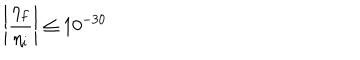
\left| \frac { \eta _ { f } } { \eta _ { i } } \right| \le 1 0 ^ { - 3 0 }